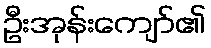
ဦးအုန်းကျော်၏